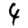
Digit: 4